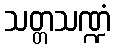
သတ္တသဏ္ဍံ